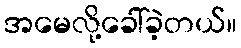
အမေလို့ခေါ်ခဲ့တယ်။